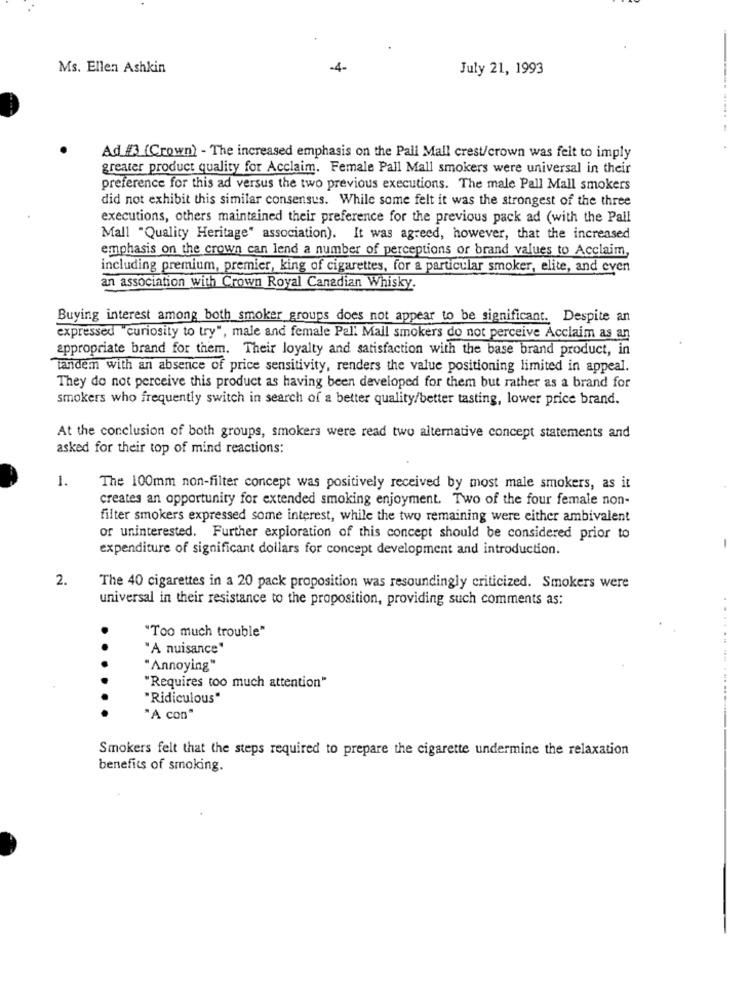
Ms. Ellen Ashkin
-4-
July 21, 1993
Ad #3 (Crown) - The increased emphasis on the Pall Mall crest/crown was felt to imply
greater product quality for Acclaim. Female Pall Mall smokers were universal in their
preference for this ad versus the two previous executions. The male Pall Mall smokers
did not exhibit this similar consensus. While some felt it was the strongest of the three
executions, others maintained their preference for the previous pack ad (with the Pall
Mall "Quality Heritage" association). It was agreed, however, that the increased
emphasis on the crown can lend a number of perceptions or brand values to Acclaim,
including premium, premier, king of cigarettes, for a particular smoker, elite, and even
an association with Crown Royal Canadian Whisky.
Buying interest among both smoker groups does not appear to be significant. Despite an
expressed "curiosity to try", male and female Pall Mall smokers do not perceive Acclaim as an
appropriate brand for them. Their loyalty and satisfaction with the base brand product, in
tandem with an absence of price sensitivity, renders the value positioning limited in appeal.
They do not perceive this product as having been developed for them but rather as a brand for
smokers who frequently switch in search of a better quality/better tasting, lower price brand.
At the conclusion of both groups, smokers were read two alternative concept statements and
asked for their top of mind reactions:
1.
The 100mm non-filter concept was positively received by most male smokers, as it
creates an opportunity for extended smoking enjoyment. Two of the four female non-
filter smokers expressed some interest, while the two remaining were either ambivalent
or uninterested. Further exploration of this concept should be considered prior to
expenditure of significant dollars for concept development and introduction.
-
2.
The 40 cigarettes in a 20 pack proposition was resoundingly criticized. Smokers were
universal in their resistance to the proposition, providing such comments as:
"Too much trouble"
"A nuisance"
"Annoying"
"Requires too much attention"
"Ridiculous"
......... ...--
"A con"
Smokers felt that the steps required to prepare the cigarette undermine the relaxation
benefits of smoking.